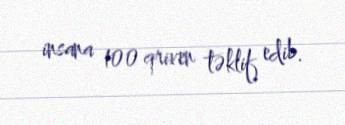
insana 100 qriven təklif edib.